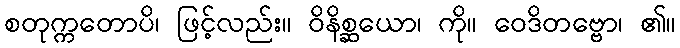
စတုက္ကတောပိ၊ ဖြင့်လည်း။ ဝိနိစ္ဆယော၊ ကို။ ဝေဒိတဗ္ဗော၊ ၏။